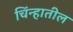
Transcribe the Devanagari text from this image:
चिंन्हातील